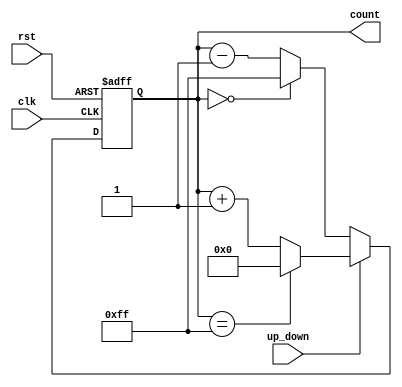
module UpDownCounter (
    input wire clk,               // Clock input
    input wire rst,               // Reset input
    input wire up_down,           // Control input for incrementing or decrementing
    output reg [7:0] count        // Output count value with 8 bits width
);

always @(posedge clk or posedge rst)
begin
    if (rst) begin
        count <= 8'b00000000;    // Reset count value to 0
    end else begin
        if (up_down) begin       // Increment count value if up_down signal is high
            if (count == 8'b11111111) begin
                count <= 8'b00000000; // Overflow, wrap around to 0
            end else begin
                count <= count + 1; // Increment count value
            end
        end else begin           // Decrement count value if up_down signal is low
            if (count == 8'b00000000) begin
                count <= 8'b11111111; // Underflow, wrap around to 255
            end else begin
                count <= count - 1; // Decrement count value
            end
        end
    end
end

endmodule